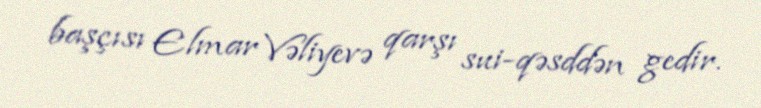
başçısı Elmar Vəliyevə qarşı sui-qəsddən gedir.